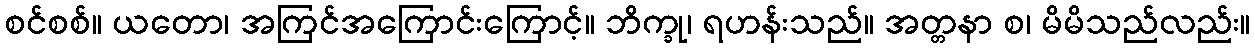
စင်စစ်။ ယတော၊ အကြင်အကြောင်းကြောင့်။ ဘိက္ခု၊ ရဟန်းသည်။ အတ္တနာ စ၊ မိမိသည်လည်း။